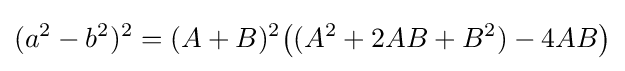
(a^{2}-b^{2})^{2}=(A+B)^{2}{\big (}(A^{2}+2AB+B^{2})-4AB{\big )}